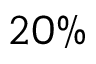
2 0 \%